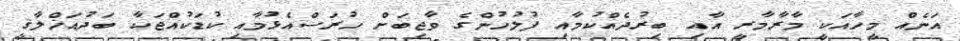
އަނެއް މީހާއަކީ މާރާމާރީ އާއި ބިރުދެއްކުމާއި ފުލުހުންގެ ވާޖިބަށް ހުރަސްއެޅުމާއި ކުޑަކުއްޖަކާ ބަދުއަޚްލާޤީ